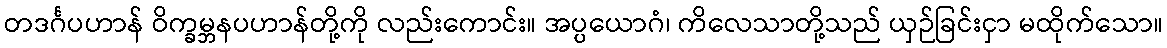
တဒင်္ဂပဟာန် ဝိက္ခမ္ဘနပဟာန်တို့ကို လည်းကောင်း။ အပ္ပယောဂံ၊ ကိလေသာတို့သည် ယှဉ်ခြင်းငှာ မထိုက်သော။